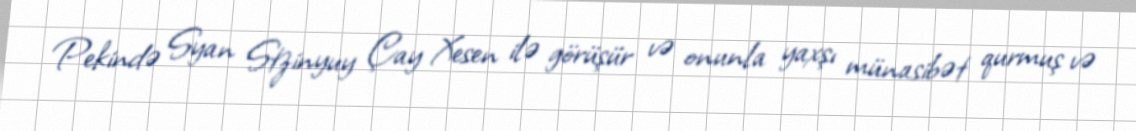
Pekində Syan Stzinyuy Çay Xesen ilə görüşür və onunla yaxşı münasibət qurmuş və